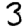
Digit: 3